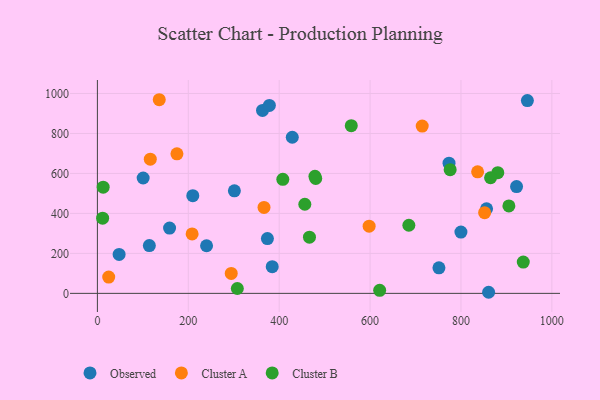
{"axis": {"x": "Distance", "y": "Exam Score"}, "legend": ["Cluster A", "Cluster B", "Observed"], "data": [{"x": "209.9", "y": 488.7, "type": "Observed"}, {"x": "946.1", "y": 964.3, "type": "Observed"}, {"x": "301.4", "y": 512.9, "type": "Observed"}, {"x": "240.2", "y": 238.3, "type": "Observed"}, {"x": "773.7", "y": 651.3, "type": "Observed"}, {"x": "100.7", "y": 577.1, "type": "Observed"}, {"x": "114.3", "y": 239.1, "type": "Observed"}, {"x": "374.1", "y": 274.3, "type": "Observed"}, {"x": "363.3", "y": 915.1, "type": "Observed"}, {"x": "751.5", "y": 127.8, "type": "Observed"}, {"x": "428.8", "y": 781.0, "type": "Observed"}, {"x": "922.3", "y": 534.1, "type": "Observed"}, {"x": "799.9", "y": 306.8, "type": "Observed"}, {"x": "860.8", "y": 5.5, "type": "Observed"}, {"x": "158.8", "y": 326.5, "type": "Observed"}, {"x": "47.8", "y": 194.8, "type": "Observed"}, {"x": "856.3", "y": 423.3, "type": "Observed"}, {"x": "378.4", "y": 940.3, "type": "Observed"}, {"x": "384.7", "y": 133.8, "type": "Observed"}, {"x": "175.0", "y": 697.9, "type": "Cluster A"}, {"x": "136.1", "y": 968.8, "type": "Cluster A"}, {"x": "714.7", "y": 836.9, "type": "Cluster A"}, {"x": "597.9", "y": 336.0, "type": "Cluster A"}, {"x": "852.0", "y": 403.8, "type": "Cluster A"}, {"x": "116.4", "y": 671.4, "type": "Cluster A"}, {"x": "294.5", "y": 100.0, "type": "Cluster A"}, {"x": "836.6", "y": 608.0, "type": "Cluster A"}, {"x": "24.9", "y": 81.7, "type": "Cluster A"}, {"x": "208.4", "y": 297.3, "type": "Cluster A"}, {"x": "366.6", "y": 430.0, "type": "Cluster A"}, {"x": "881.0", "y": 603.8, "type": "Cluster B"}, {"x": "466.6", "y": 281.1, "type": "Cluster B"}, {"x": "937.1", "y": 156.8, "type": "Cluster B"}, {"x": "621.1", "y": 15.5, "type": "Cluster B"}, {"x": "685.3", "y": 340.8, "type": "Cluster B"}, {"x": "11.5", "y": 376.1, "type": "Cluster B"}, {"x": "456.4", "y": 445.8, "type": "Cluster B"}, {"x": "307.9", "y": 24.5, "type": "Cluster B"}, {"x": "12.7", "y": 531.4, "type": "Cluster B"}, {"x": "478.7", "y": 585.7, "type": "Cluster B"}, {"x": "408.0", "y": 570.6, "type": "Cluster B"}, {"x": "480.4", "y": 574.8, "type": "Cluster B"}, {"x": "776.2", "y": 618.9, "type": "Cluster B"}, {"x": "865.1", "y": 578.4, "type": "Cluster B"}, {"x": "905.4", "y": 437.4, "type": "Cluster B"}, {"x": "558.6", "y": 838.9, "type": "Cluster B"}]}